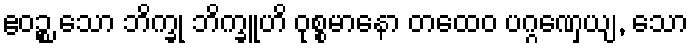
ဧဝဉ္စ သော ဘိက္ခု ဘိက္ခူဟိ ဝုစ္စမာနော တထေဝ ပဂ္ဂဏှေယျ, သော